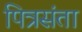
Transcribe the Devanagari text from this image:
पित्रसंता